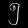
Digit: ၅